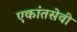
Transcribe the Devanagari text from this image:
एकांतसेवी